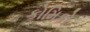
કોમિકો